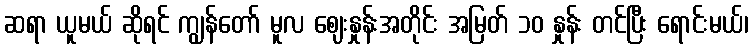
ဆရာ ယူမယ် ဆိုရင် ကျွန်တော် မူလ ဈေးနှုန်းအတိုင်း အမြတ် ၁၀ နှုန်း တင်ပြီး ရောင်းမယ်၊